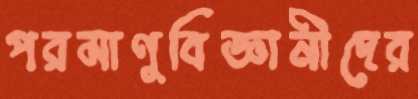
পরমাণুবিজ্ঞানীদের